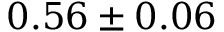
0 . 5 6 \pm 0 . 0 6